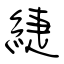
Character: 緁